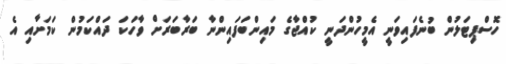
ހޮސްޕިޓަލުން ބުނެފައިވަނީ އެމީހުންދަނީ ކުއްޖާގެ މައިންބަފައިންނާ ބަރާބަރަށް ވާހަކަ ދައްކަމުން ކަމަށާއި އެ